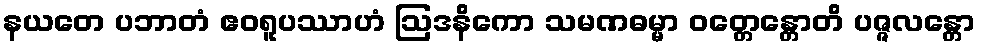
နယတေ ပဘာတံ ဧဝရူပဿာဟံ ဩဒနိကော သမဏဓမ္မာ ဝတ္တေန္တောတိ ပဇ္ဇလန္တော